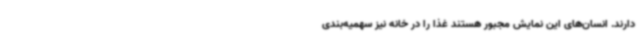
دارند. انسان‌های این نمایش مجبور هستند غذا را در خانه نیز سهمیه‌بندی